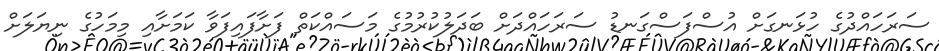
ސަރަހައްދުގެ ހުޅަނގަށް އުސްފަސްގަނޑު ސަރަހައްދަށް ބަދަލުކުރުމުގެ މަސައްކަތް ފަށާފައިފަވާ ކަމަށާއި މިމަހުގެ ނިޔަލަށް